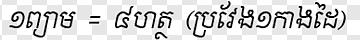
១ព្យាម = ៤ហត្ថ (ប្រវែង១កាងដៃ)